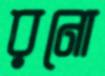
রনো